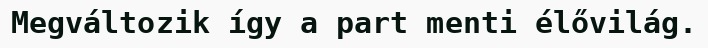
Megváltozik így a part menti élővilág.